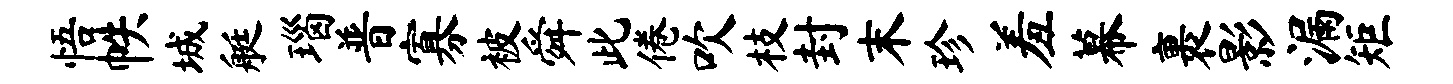
悟帙城艇瑙普寡被舜此倦吹枝封末珍羞幕裹影漏矩